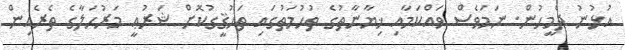
އުޅުނު ދެމީހުން. ނަމަވެސް ވައްކަމާއި ޚިޔާނާތުގެ ތުހުމަތުގައި ތަހުޤީގުކޮށް ޝަރުޢީ މަރުހަލާގެ ތެރެއިން